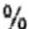
%